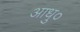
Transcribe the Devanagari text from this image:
आधु०